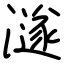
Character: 澻